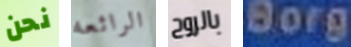
نحن الرائعه بالروح Borg